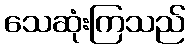
သေဆုံးကြသည်